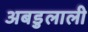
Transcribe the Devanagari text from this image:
अबडुलाली